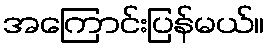
အကြောင်းပြန်မယ်။